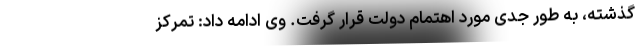
گذشته، به طور جدی مورد اهتمام دولت قرار گرفت. وی ادامه داد: تمرکز